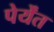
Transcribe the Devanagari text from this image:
पेर्येंत